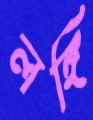
লঙ্গি